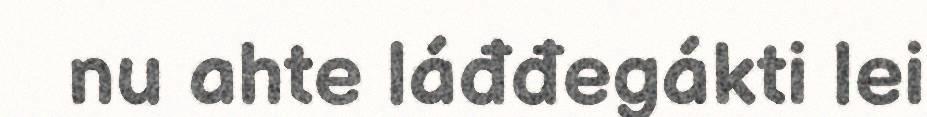
nu ahte láđđegákti lei